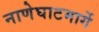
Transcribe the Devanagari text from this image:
नाणेघाटमार्गे